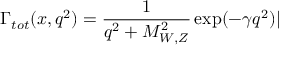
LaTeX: \Gamma _ { t o t } ( x , q ^ { 2 } ) = \frac { 1 } { q ^ { 2 } + M _ { W , Z } ^ { 2 } } \exp ( - \gamma q ^ { 2 } ) |